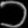
Digit: ၁